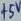
Text: +5V